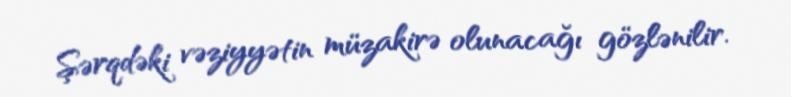
Şərqdəki vəziyyətin müzakirə olunacağı gözlənilir.